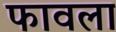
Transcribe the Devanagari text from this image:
फावला